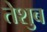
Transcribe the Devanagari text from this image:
तेशुब